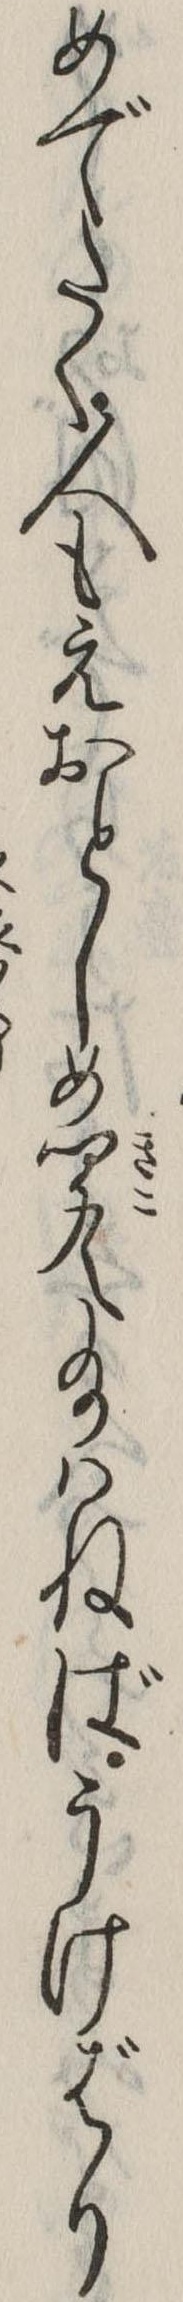
めでたく人もえおとしめ聞え給はねばうけばり